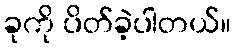
ခုကို ပိတ်ခဲ့ပါတယ်။